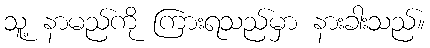
သူ့ နာမည်ကို ကြားရသည်မှာ နားခါးသည်။